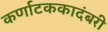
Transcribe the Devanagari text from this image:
कर्णाटककादंबरी